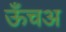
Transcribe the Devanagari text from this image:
ऊँचअ